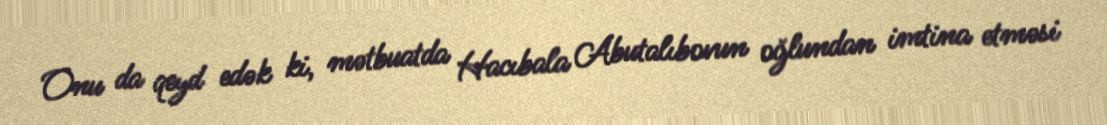
Onu da qeyd edək ki, mətbuatda Hacıbala Abutalıbovun oğlundan imtina etməsi